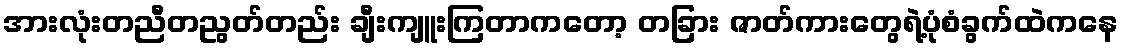
အားလုံးတညီတညွတ်တည်း ချီးကျူးကြတာကတော့ တခြား ဇာတ်ကားတွေရဲ့ပုံစံခွက်ထဲကနေ